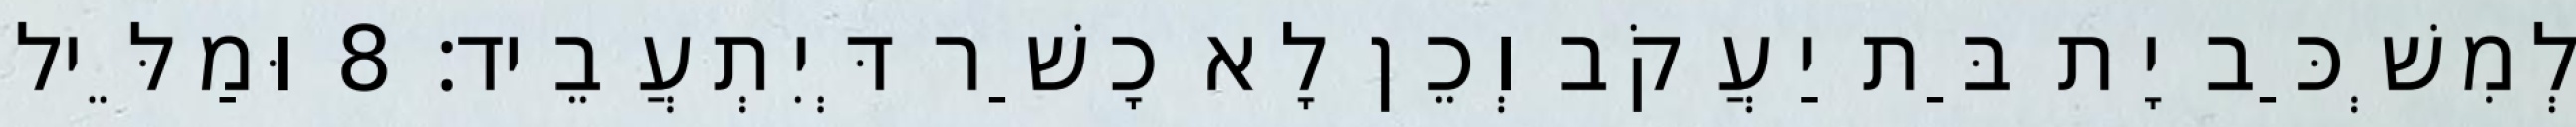
לְמִשְׁכַּב יָת בַּת יַעֲקֹב וְכֵן לָא כָשַׁר דְּיִתְעֲבֵיד׃ 8 וּמַלֵּיל